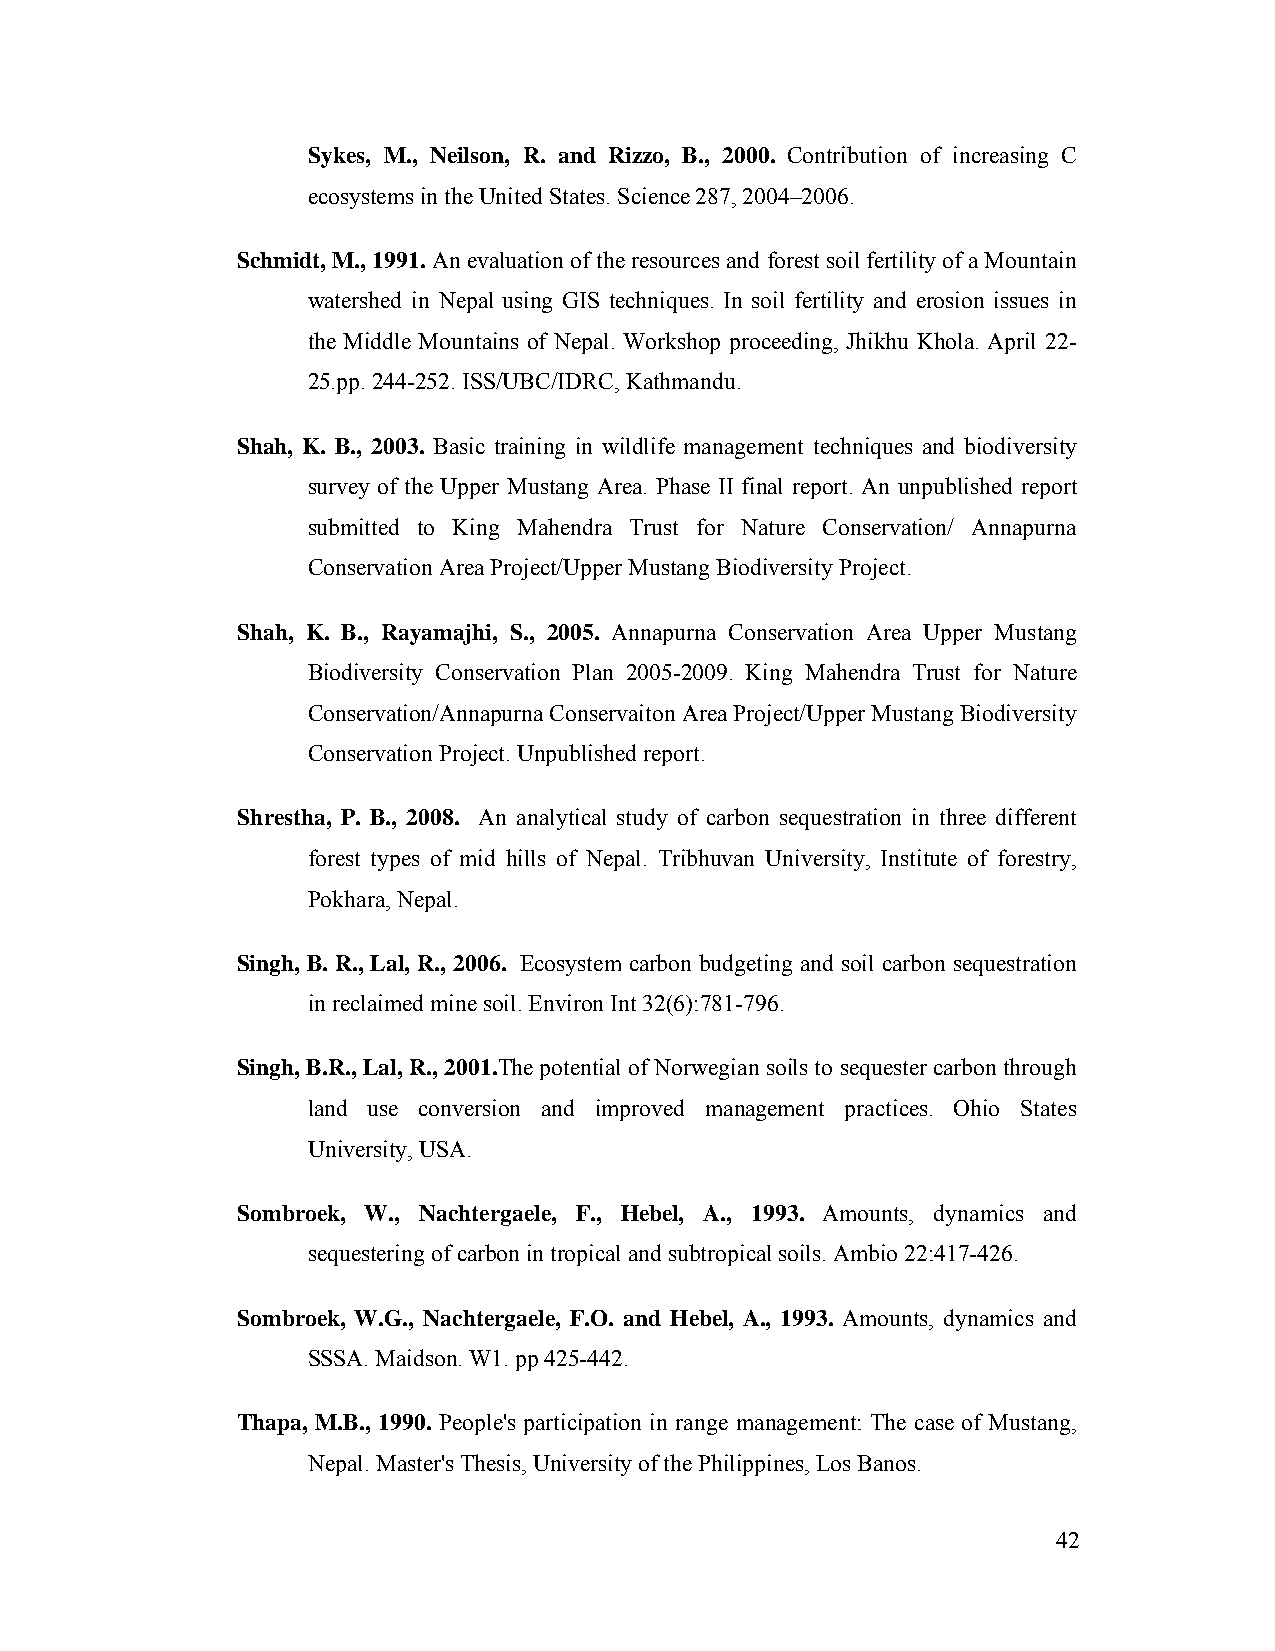
Sykes, M., Neilson, R. and Rizzo, B., 2000. Contribution of increasing C
 ecosystems in the United States. Science 287, 2004–2006.
 Schmidt, M., 1991. An evaluation of the resources and forest soil fertility of a Mountain
 watershed in Nepal using GIS techniques. In soil fertility and erosion issues in
 the Middle Mountains of Nepal. Workshop proceeding, Jhikhu Khola. April 22-
 25.pp. 244-252. ISS/UBC/IDRC, Kathmandu.
 Shah, K. B., 2003. Basic training in wildlife management techniques and biodiversity
 survey of the Upper Mustang Area. Phase II final report. An unpublished report
 submitted to King Mahendra Trust for Nature Conservation/ Annapurna
 Conservation Area Project/Upper Mustang Biodiversity Project.
 Shah, K. B., Rayamajhi, S., 2005. Annapurna Conservation Area Upper Mustang
 Biodiversity Conservation Plan 2005-2009. King Mahendra Trust for Nature
 Conservation/Annapurna Conservaiton Area Project/Upper Mustang Biodiversity
 Conservation Project. Unpublished report.
 Shrestha, P. B., 2008. An analytical study of carbon sequestration in three different
 forest types of mid hills of Nepal. Tribhuvan University, Institute of forestry,
 Pokhara, Nepal.
 Singh, B. R., Lal, R., 2006. Ecosystem carbon budgeting and soil carbon sequestration
 in reclaimed mine soil. Environ Int 32(6):781-796.
 Singh, B.R., Lal, R., 2001.The potential of Norwegian soils to sequester carbon through
 land use conversion and improved management practices. Ohio States
 University, USA.
 Sombroek, W., Nachtergaele, F., Hebel, A., 1993. Amounts, dynamics and
 sequestering of carbon in tropical and subtropical soils. Ambio 22:417-426.
 Sombroek, W.G., Nachtergaele, F.O. and Hebel, A., 1993. Amounts, dynamics and
 SSSA. Maidson. W1. pp 425-442.
 Thapa, M.B., 1990. People's participation in range management: The case of Mustang,
 Nepal. Master's Thesis, University of the Philippines, Los Banos.
 42